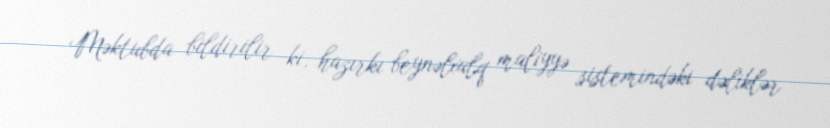
Məktubda bildirilir ki, hazırkı beynəlxalq maliyyə sistemindəki dəliklər